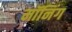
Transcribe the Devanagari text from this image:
मॉनिंग